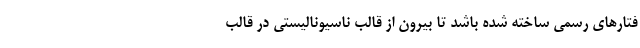
فتارهای رسمی ساخته شده باشد تا بیرون از قالب ناسیونالیستی در قالب